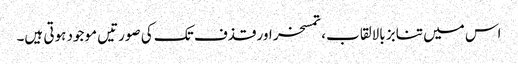
اس میں تنابز بالالقاب، تمسخر اور قذف تک کی صورتیں موجود ہوتی ہیں۔